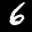
Label: 6